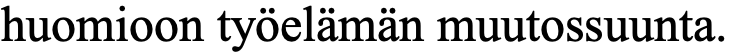
huomioon työelämän muutossuunta.